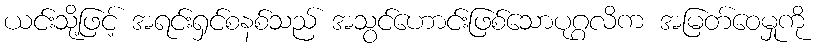
ယင်းသို့ဖြင့် အရင်းရှင်စနစ်သည် အသွင်ဟောင်းဖြစ်သောပုဂ္ဂလိက အမြတ်ဝေမှုကို